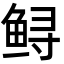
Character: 鲟